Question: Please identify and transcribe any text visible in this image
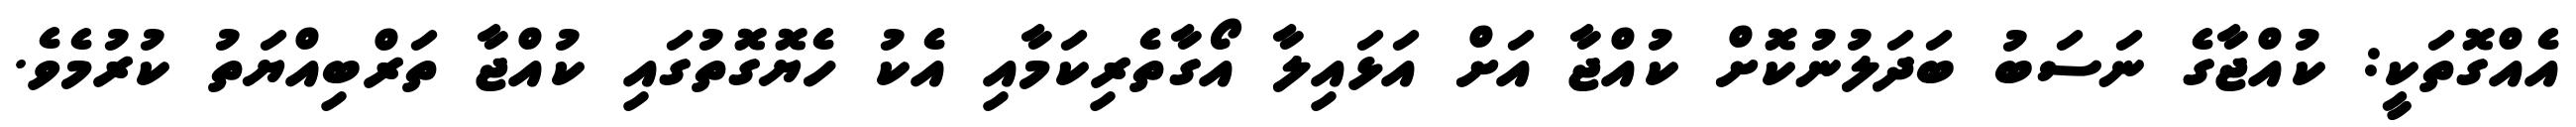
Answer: އެއްގޮތަކީ: ކުއްޖާގެ ނަސަބު ބަދަލުނުކޮށް ކުއްޖާ އަށް އަޅައިލާ އޯގާތެރިކަމާއި އެކު ހެޔޮގޮތުގައި ކުއްޖާ ތަރްބިއްޔަތު ކުރުމެވެ.